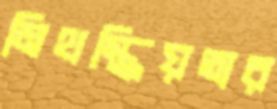
মিথস্ক্রিয়তার